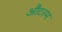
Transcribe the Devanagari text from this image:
औटरम